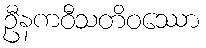
ဦနကဝီသတိဝဿော